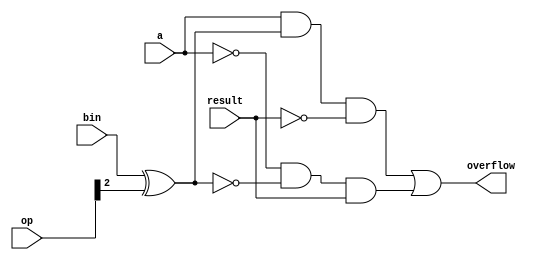
module OverflowDetection(a, bin, op, result, overflow);
  input a, bin;
  input [2:0] op;
  input result;
  output overflow;

  wire b = bin ^ op[2];
  assign overflow =  a &  b & ~result |
                    ~a & ~b &  result;
endmodule